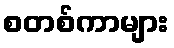
စတစ်ကာများ